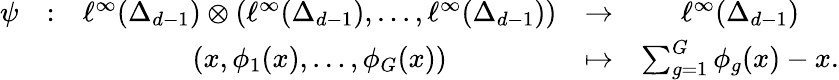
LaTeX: \begin{array}{ccccc}{\psi}&{:}&{\ell^{\infty}(\Delta_{d-1})\otimes(\ell^{\infty}(\Delta_{d-1}),\dots,\ell^{\infty}(\Delta_{d-1}))}&{\to}&{\ell^{\infty}(\Delta_{d-1})}\\ &&{(x,\phi_{1}(x),\dots,\phi_{G}(x))}&{\mapsto}&{\sum_{g=1}^{G}\phi_{g}(x)-x.}\end{array}